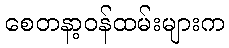
စေတနာ့ဝန်ထမ်းများက